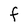
Character: F